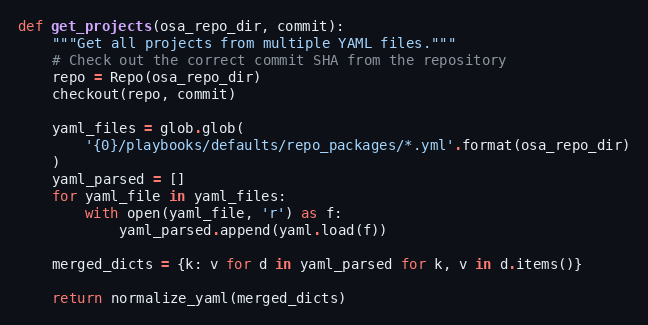
Language: Python
def get_projects(osa_repo_dir, commit):
    """Get all projects from multiple YAML files."""
    # Check out the correct commit SHA from the repository
    repo = Repo(osa_repo_dir)
    checkout(repo, commit)

    yaml_files = glob.glob(
        '{0}/playbooks/defaults/repo_packages/*.yml'.format(osa_repo_dir)
    )
    yaml_parsed = []
    for yaml_file in yaml_files:
        with open(yaml_file, 'r') as f:
            yaml_parsed.append(yaml.load(f))

    merged_dicts = {k: v for d in yaml_parsed for k, v in d.items()}

    return normalize_yaml(merged_dicts)